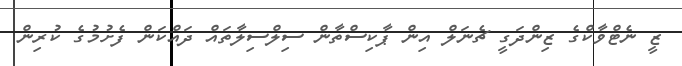
ޒީ ނެޓްވާކްގެ ޒިންދަގީ ޗެނަލް އިން ޕާކިސްތާން ސިލްސިލާތައް ދައްކަން ފެށުމުގެ ކުރިން